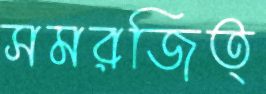
সমরজিত্